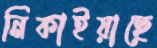
নিকাইয়াছে